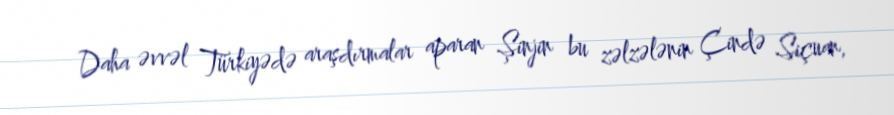
Daha əvvəl Türkiyədə araşdırmalar aparan Şinjin bu zəlzələnin Çində Siçuan,